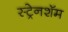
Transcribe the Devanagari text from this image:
स्ट्रेनशॅम